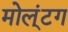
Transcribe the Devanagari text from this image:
मोल्‌ंटग